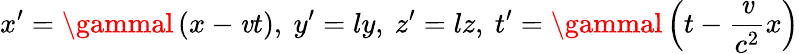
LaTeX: x^{\prime}=\gammal\left(x-\mathit{v}t\right),\ y^{\prime}=ly,\ z^{\prime}=lz,\ t^{\prime}=\gammal\left(t-{\frac{{\mathit{v}}}{{c^{2}}}}x\right)